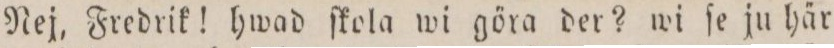
Nej, Fredrik! hwad ſkola wi göra der? wi ſe ju här